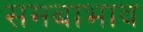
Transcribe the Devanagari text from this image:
समबाभाव